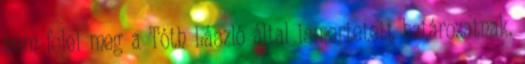
nem felel meg a Tóth László által ismertetett határozatnak.